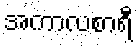
အကာလစာရီ